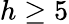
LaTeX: h\geq 5